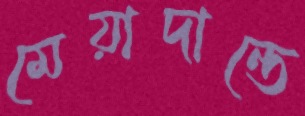
মেয়াদান্তে